Civil Veterinary Department Bihar & Orissa reports 1922-29 - 1922-1929
Year: 1922
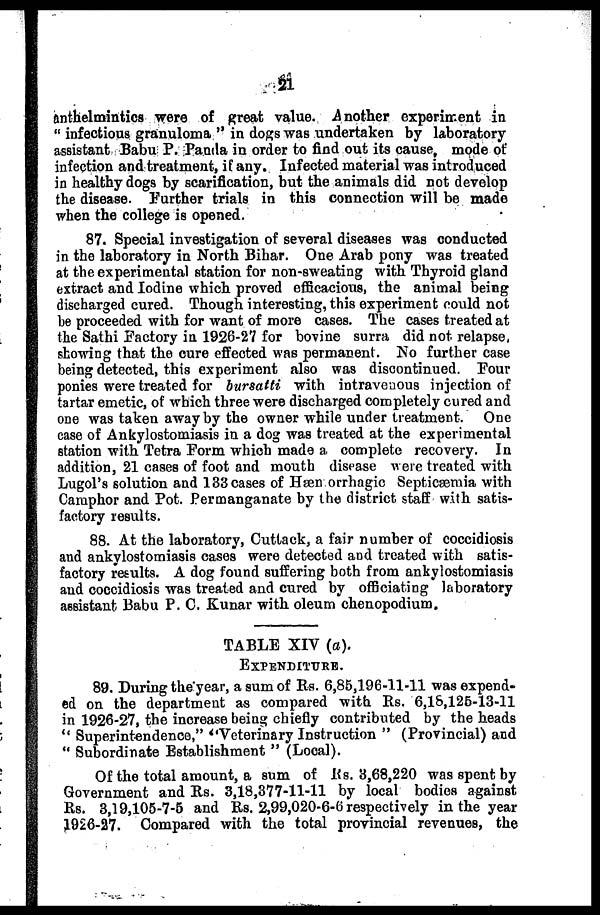
21
anthelmintics were of great value. Another experiment in
" infectious granuloma "in dogs was undertaken by laboratory
assistant Babu P. Panda in order to find out its cause, mode of
infection and treatment, if any. Infected material was introduced
in healthy dogs by scarification, but the animals did not develop
the disease. Further trials in this connection will be made
when the college is opened.
87. Special investigation of several diseases was conducted
in the laboratory in North Bihar. One Arab pony was treated
at the experimental station for non-sweating with Thyroid gland
extract and Iodine which proved efficacious, the animal being
discharged cured. Though interesting, this experiment could not
be proceeded with for want of more cases. The cases treated at
the Sathi Factory in 1926-27 for bovine surra did not relapse,
showing that the cure effected was permanent. No further case
being detected, this experiment also was discontinued. Four
ponies were treated for bursatti with intravenous injection of
tartar emetic, of which three were discharged completely cured and
one was taken away by the owner while under treatment. One
ease of Ankylostomiasis in a dog was treated at the experimental
station with Tetra Form which made a, complete recovery. In
addition, 21 cases of foot and mouth disease were treated with
Lugol's solution and 138 cases of Hæn orrhagic Septicaemia with
Camphor and Pot. Permanganate by the district staff with satis-
factory results.
88. At the laboratory, Cuttack, a fair number of coccidiosis
and ankylostomiasis cases were detected and treated with satis-
factory results. A dog found suffering both from ankylostomiasis
and coccidiosis was treated and cured by officiating laboratory
assistant Babu P. C. Kunar with oleum chenopodium.
TABLE XIV (a).
EXPENDITURE.
89. During the year, a sum of Rs. 6,85,196-11-11 was expend-
ed on the department as compared with Rs. 6,18,125-13-11
in 1926-27, the increase being chiefly contributed by the heads
" Superintendence," ''Veterinary Instruction " (Provincial) and
" Subordinate Establishment " (Local).
Of the total amount, a sum of Rs. 3,68,220 was spent by
Government and Rs. 3,18,377-11-11 by local bodies against
Rs. 3,19,105-7-5 and Rs. 2,99,020-6-6 respectively in the year
1926-27. Compared with the total provincial revenues, the